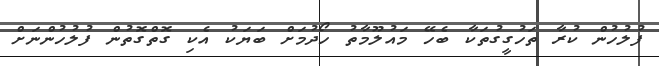
ފުލުހުން ކުރާ ތަހުގީގުތަކާ ބެހޭ މައުލޫމާތު ހޯދުމަށް ބަޔަކު އެކި ގޮތްގޮތުން ފުލުހުންނަށް